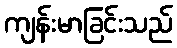
ကျန်းမာခြင်းသည်